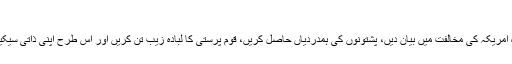
اس لئے :
٭....کرزئی صاحب کو کہا گیا کہ وہ امریکہ کی مخالفت میں بیان دیں، پشتونوں کی ہمدردیاں حاصل کریں، قوم پرستی کا لبادہ زیب تن کریں اور اس طرح اپنی ذاتی سیکیورٹی کے امکانات میں اضافہ کریں۔